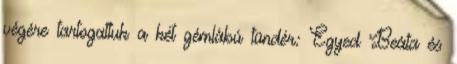
végére tartogattuk a két gémlábú tündér: Egyed Beáta és